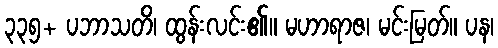
၃၃၅+ ပဘာသတိ၊ ထွန်းလင်း၏။ မဟာရာဇ၊ မင်းမြတ်။ ပန၊